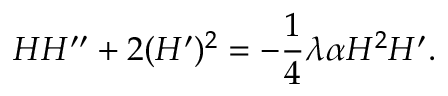
H H ^ { \prime \prime } + 2 ( H ^ { \prime } ) ^ { 2 } = - \frac { 1 } { 4 } \lambda \alpha H ^ { 2 } H ^ { \prime } .